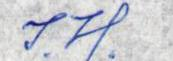
I. H.